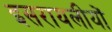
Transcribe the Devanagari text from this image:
इसरायलीयों